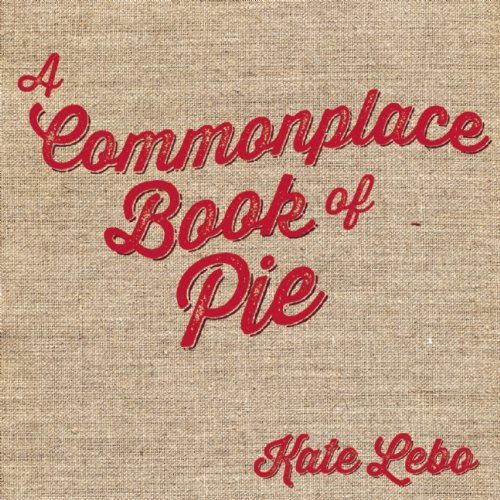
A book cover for A Commonplace Book of Pie; Kate Lebo; Cookbooks, Food & Wine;